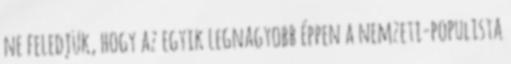
ne feledjük, hogy az egyik legnagyobb éppen a nemzeti-populista